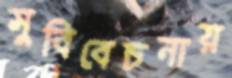
সুবিবেচনায়